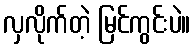
လှလိုက်တဲ့ မြင်ကွင်းပဲ။